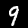
Digit: 9